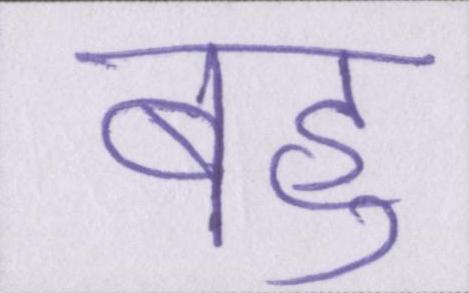
बहु